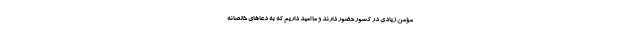
مؤمن زیادی در کشور حضور دارند و ما امید داریم که به دعا‌های خالصانه